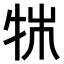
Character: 𤙍